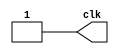
`timescale 1us / 1us

module ClockGen(clk);

parameter PERIOD = 10;

output reg clk;
	 
always
	begin: CLOCK_DRIVER
		clk <= 1'b0;
		#(PERIOD/2);
		clk <= 1'b1;
		#(PERIOD/2);
	end

endmodule